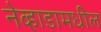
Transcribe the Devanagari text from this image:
नेव्हाडामधील